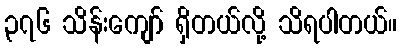
၃၇၆ သိန်းကျော် ရှိတယ်လို့ သိရပါတယ်။